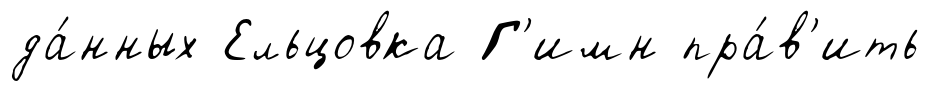
да́нных Ельцовка Г'имн пра́в'ить